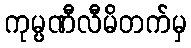
ကုမ္ပဏီလီမိတက်မှ